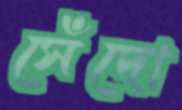
সেঁদো